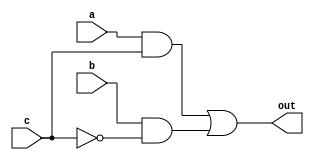
`timescale 1ns / 1ps

/* /////////////////////////////////////////////////////////////////////////////////

Question: 5
Circuit: FA

Implements circuit:

out = a&c ! b&~c

Delay only given at NOT gate as that is the only gate that causes the static-1 hazard.

*/ /////////////////////////////////////////////////////////////////////////////////

module q5_FA(
    input a,
    input b,
    input c,
    output out
    );

	wire ac;
	wire cN;
	wire bcN;
	
	assign ac = a&c;
	
	assign #2 cN = ~c;
	
	assign bcN = b&cN;
	
	assign out = ac | bcN;

endmodule